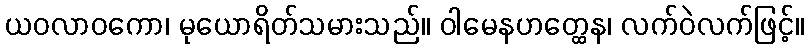
ယဝလာဝကော၊ မုယောရိတ်သမားသည်။ ဝါမေနဟတ္ထေန၊ လက်ဝဲလက်ဖြင့်။